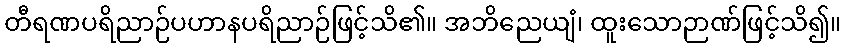
တီရဏပရိညာဉ်ပဟာနပရိညာဉ်ဖြင့်သိ၏။ အဘိညေယျံ၊ ထူးသောဉာဏ်ဖြင့်သိ၍။